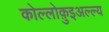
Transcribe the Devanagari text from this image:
कोल्लोक़ुइअल्ल्य